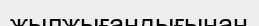
жылжығандығынан